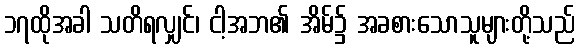
၁၇ထိုအခါ သတိရလျှင်၊ ငါ့အဘ၏ အိမ်၌ အခစားသောသူများတို့သည်